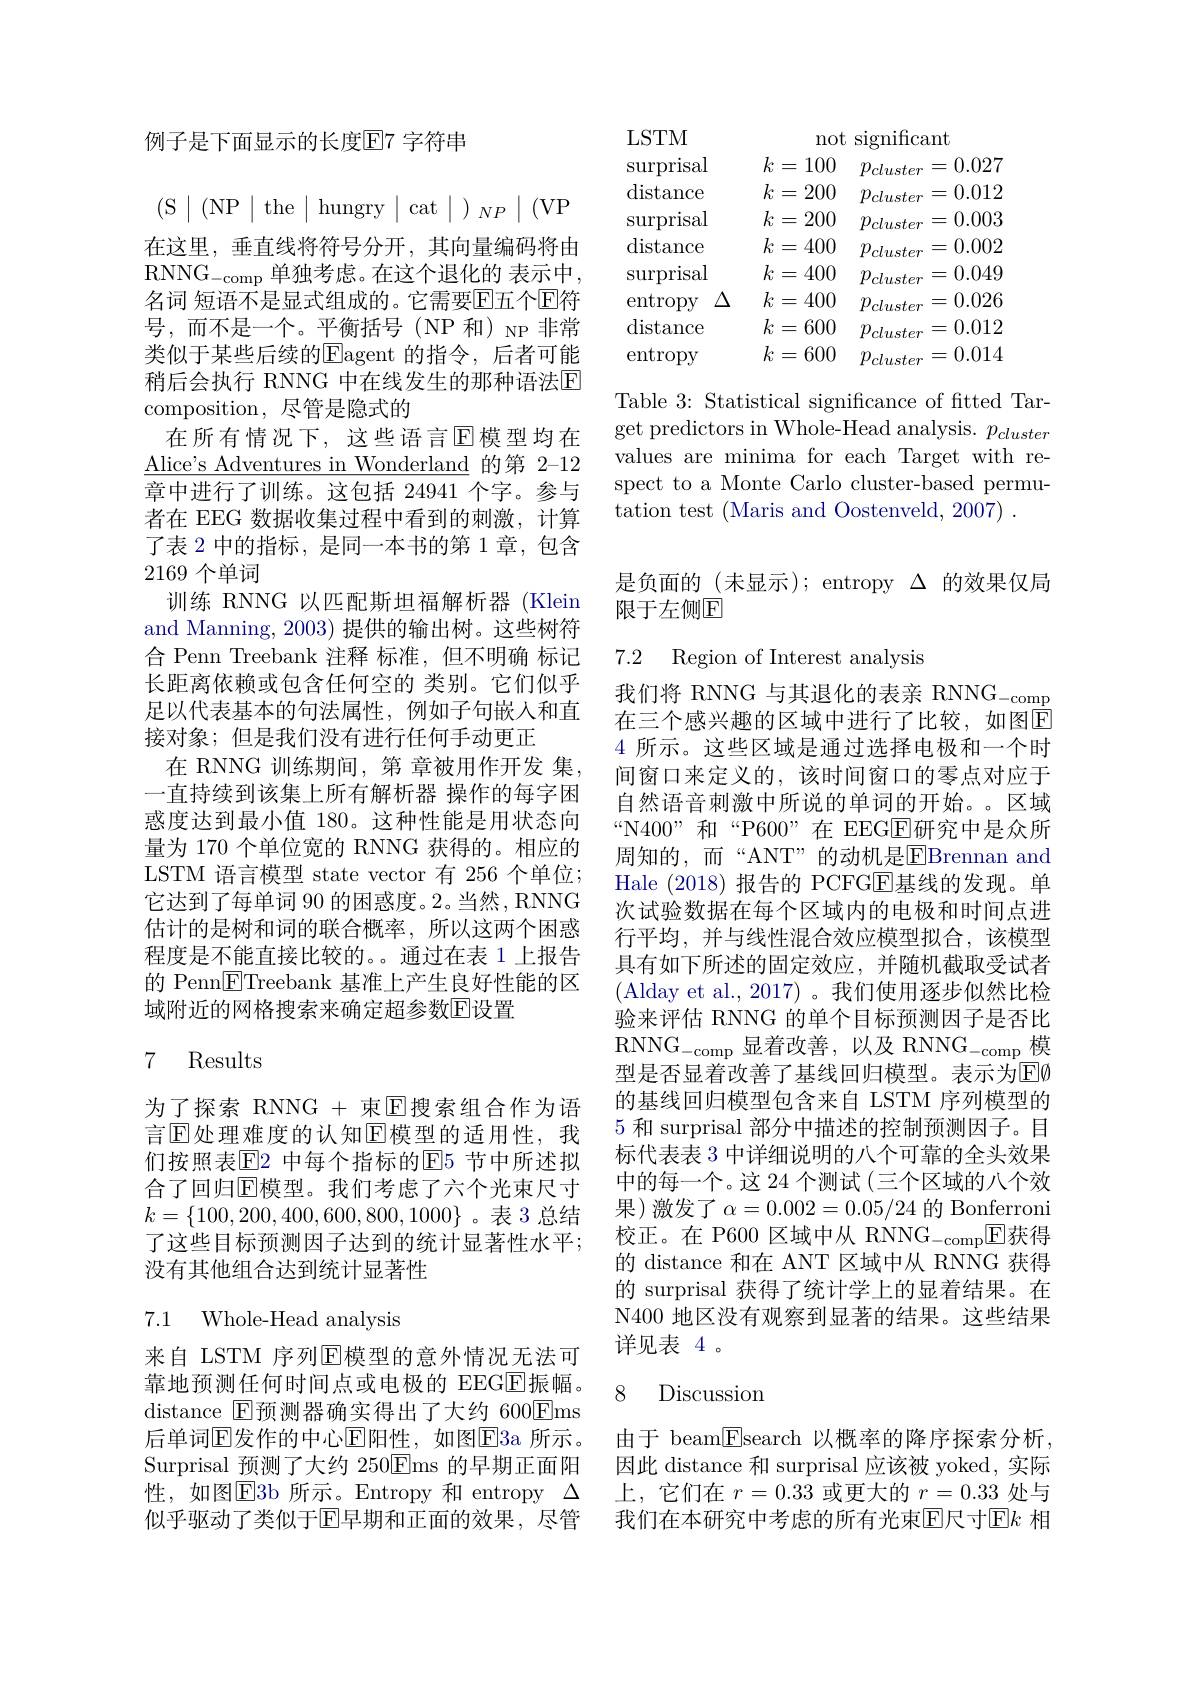
例子是下面显示的长度$\mathbb{E}7$ 字符串
$$\begin{array}{c|c|c|c|c|c|c}(\text{S}&\text{(NP}&\text{the}&\text{hungry}&\text{cat}&\text{)}_{NP}&\text{(VP}\end{array}$$
在这里，垂直线将符号分开，其向量编码将由RNNG$_\mathrm{-comp}$单独考虑。在这个退化的 表示中， 名词 短语不是显式组成的。它需要$\overline{\mathrm{E}}$五个$\mathbb{E}$符号，而不是一个。平衡括号(NP 和) NP 非常类似于某些后续的$\overline{\mathrm{E}}$agent 的指令，后者可能稍后会执行 RNNG 中在线发生的那种语法$\mathbb{E}$ composition, 尽管是隐式的
在所有情况下，这些语言$\operatorname{E}$模型均在$\underline{\mathrm{Alice's~Adventures~in~Wonderland~}}$的第 2-12章中进行了训练。这包括 24941 个字。参与者在 EEG 数据收集过程中看到的刺激，计算了表 2 中的指标，是同一本书的第 1 章，包含2169个单词
训练 RNNG 以匹配斯坦福解析器 (Klein and Manning, 2003) 提供的输出树。这些树符合 Penn Treebank 注释 标准，但不明确 标记长距离依赖或包含任何空的 类别。它们似乎足以代表基本的句法属性，例如子句嵌入和直接对象；但是我们没有进行任何手动更正
在 RNNG 训练期间，第 章被用作开发 集， 一直持续到该集上所有解析器 操作的每字困惑度达到最小值 180。这种性能是用状态向量为 170 个单位宽的 RNNG 获得的。相应的LSTM 语言模型 state vector 有 256 个单位； 它达到了每单词 90 的困惑度。2。当然，RNNG 估计的是树和词的联合概率，所以这两个困惑程度是不能直接比较的。。通过在表 1 上报告的 Penn$\boxed{\mathrm{F}}$Treebank 基准上产生良好性能的区域附近的网格搜索来确定超参数$\overline{\mathrm{E}}$设置

## 7 Results

为了探索 RNNG + 束$\overline{\mathrm{E}}$搜索组合作为语言$\overline{\mathrm{E}}$处理难度的认知$\overline{\mathrm{E}}$模型的适用性，我们按照表$\overline{\mathbb{E}}$2 中每个指标的$\overline{\mathbb{E}}$5 节中所述拟合了回归$\mathbb{E}$模型。我们考虑了六个光束尺寸$k=\{100,200,400,600,800,1000\}$。表 3 总结了这些目标预测因子达到的统计显著性水平； 没有其他组合达到统计显著性

### 7.1 Whole-Head analysis

来自 LSTM 序列$\mathbb{E}$模型的意外情况无法可靠地预测任何时间点或电极的 EEG$\overline{\mathrm{E}}$振幅。distance $\boxed{\mathrm{F}}$预测器确实得出了大约 600$\boxed{\mathrm{E}}$ms 后单词$\overline{\mathrm{E}}$发作的中心$\overline{\mathrm{E}}$阳性，如图$\overline{\mathrm{E}}$3a 所示。Surprisal 预测了大约 250$\boxed{\mathrm{F}}$ms 的早期正面阳性，如图$\overline{\mathrm{E}}$3b 所示。Entropy 和 entropy $\Delta$ 似乎驱动了类似于回早期和正面的效果，尽管

<table>
	<tbody>
		<tr>
			<td>LSTM</td>
			<td>$\Upsilon.$</td>
			<td>not</td>
			<td>significar</td>
			<td>$ıt$</td>
		</tr>
		<tr>
			<td>Surprisal</td>
			<td>$k=$ 10</td>
			<td>100 =</td>
			<td>$p_{cluster}$</td>
			<td>0.027 二</td>
		</tr>
		<tr>
			<td>$\operatorname{distance}$</td>
			<td>$k=$ 20</td>
			<td>200 111</td>
			<td>$p_{cluster}$</td>
			<td>0.012 二</td>
		</tr>
		<tr>
			<td>Surprisal</td>
			<td>$k$ 20 $\begin{smallmatrix}2&3&1\\\varvdots&\varvdots&\varvdots&\varvdots&\varvdots\\\varvdots&\varvdots&\varvdots&\varvdots&\varvdots&\varvdots&\varvdots\\\varvdots&\varvdots&\varvdots&\varvdots&\varvdots&\varvdots&\varvdots&\varvdots\end{array}$ </td>
			<td>200 =</td>
			<td>$p_{cluster}$</td>
			<td>0.003</td>
		</tr>
		<tr>
			<td>$\operatorname{distance}$</td>
			<td>$k=$ 40</td>
			<td>400 -</td>
			<td>$p_{cluster}$</td>
			<td>0.002 一</td>
		</tr>
		<tr>
			<td>Surprisal</td>
			<td>$k=$ 40</td>
			<td>400 -</td>
			<td>$p_{cluster}$</td>
			<td>0.049 -</td>
		</tr>
		<tr>
			<td>entropy $\Delta$</td>
			<td>$k=$ 40</td>
			<td>400 -</td>
			<td>$p_{cluster}$</td>
			<td>0.026 一</td>
		</tr>
		<tr>
			<td>$\operatorname{distance}$</td>
			<td>$k=$ 60</td>
			<td>600 -</td>
			<td>$p_{cluster}$</td>
			<td>0.012 二</td>
		</tr>
		<tr>
			<td>entropy</td>
			<td>$k=$ 60</td>
			<td>600 -</td>
			<td>$p_{cluster}$</td>
			<td>0.014 =</td>
		</tr>
	</tbody>
</table>

Table 3: Statistical significance of fitted Tar- $\operatorname*{get}_{\mathrm{predictors~in~Whole-Head~analysis.~}}p_{cluster}$ values are minima for each Target with respect to a Monte Carlo cluster-based permutation test (Maris and Oostenveld, 2007) .

是负面的(未显示); entropy $\Delta$的效果仅局
限于左侧E

7.2 Region of Interest analysis

我们将 RNNG 与其退化的表亲 RNNG$_\mathrm{-comp}$ 在三个感兴趣的区域中进行了比较，如图$\overset{\mathrm{i}}{\operatorname*{E}}$ 4 所示。这些区域是通过选择电极和一个时间窗口来定义的，该时间窗口的零点对应于自然语音刺激中所说的单词的开始。区域“N400”和“P600”在 EEGE研究中是众所周知的，而“ANT”的动机是$\overline{\mathrm{E}}$Brennan and Hale (2018)报告的 PCFGE基线的发现。单次试验数据在每个区域内的电极和时间点进行平均，并与线性混合效应模型拟合，该模型具有如下所述的固定效应，并随机截取受试者(Alday et al., 2017)。我们使用逐步似然比检验来评估 RNNG 的单个目标预测因子是否比$\mathrm{RNNG}_{-\mathrm{comp}}$显着改善，以及 RNNG$_-$comp 模型是否显着改善了基线回归模型。表示为E$\emptyset$ 的基线回归模型包含来自 LSTM 序列模型的5 和 surprisal 部分中描述的控制预测因子。目标代表表 3 中详细说明的八个可靠的全头效果中的每一个。这 24 个测试(三个区域的八个效果)激发了$\alpha=0.002=0.05/24$ 的 Bonferroni 校正。在 P600 区域中从 RNNG$_-$compE获得的 distance 和在 ANT 区域中从 RNNG 获得的 surprisal 获得了统计学上的显着结果。在N400 地区没有观察到显著的结果。这些结果详见表 4 。

### 8 Discussion

由于 beam$\boxed{\mathrm{F}}$search 以概率的降序探索分析， 因此 distance 和 surprisal 应该被 yoked, 实际上，它们在$r=0.33$或更大的$r=0.33$处与我们在本研究中考虑的所有光束$\operatorname{E}$尺寸$\operatorname{E}k$ 相